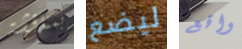
بمناقشة ليضع واقع